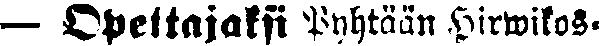
— Opettajaksi Pyhtään Hirwikos-